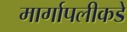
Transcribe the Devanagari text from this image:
मार्गापलीकडे